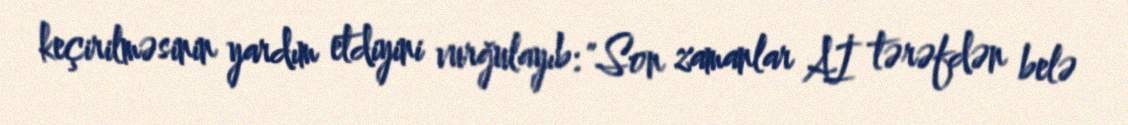
keçirilməsinin yardım etdiyini vurğulayıb: "Son zamanlar Aİ tərəfdən belə